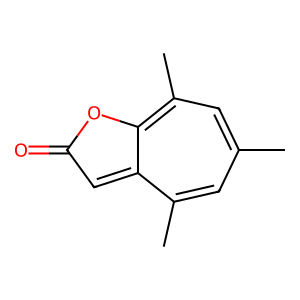
SMILES: Cc1cc(C)c2cc(=O)oc-2c(C)c1
Inhibits HIV replication: No